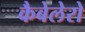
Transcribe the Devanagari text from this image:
कैबेलेरो